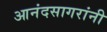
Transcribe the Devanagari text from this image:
आनंदसागरांनी